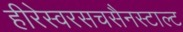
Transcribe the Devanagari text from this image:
हीरेस्वरसचसैनस्टाल्ट